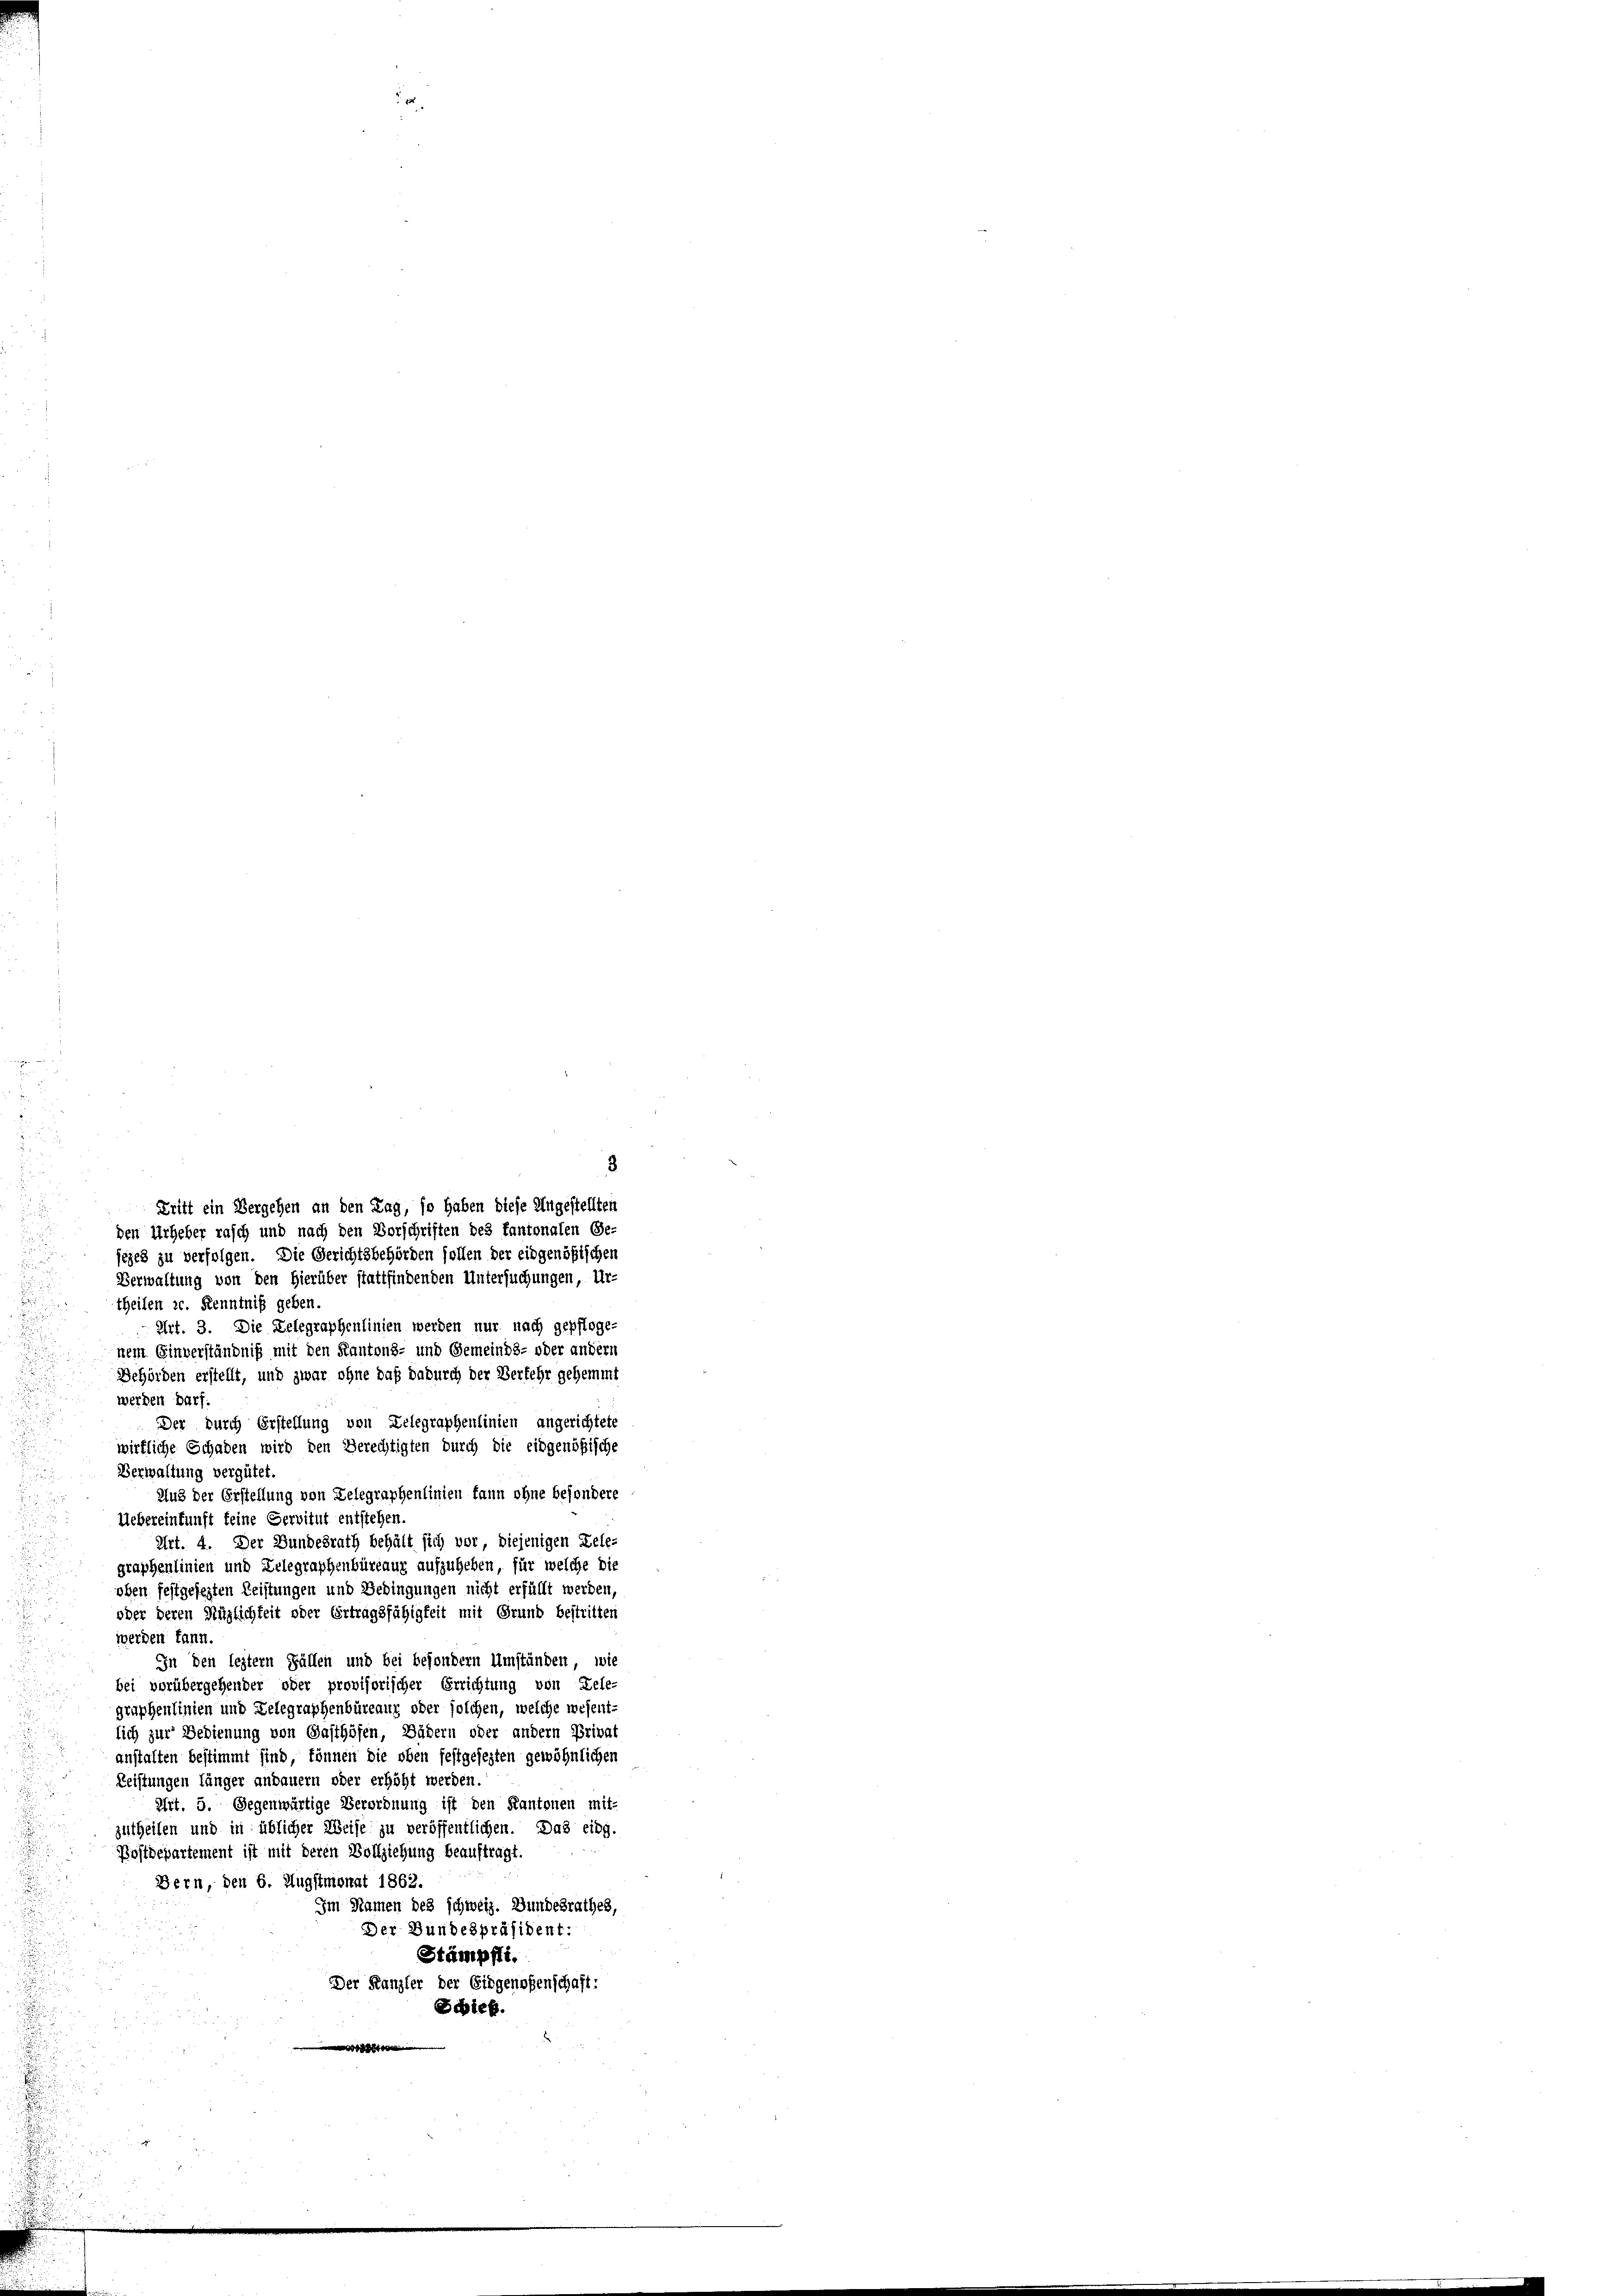
3
jezes zu verfolgen. Die Gerichtsbehörden sollen der eidgenößischen
Verwaltung von den Hierüber stattfindenden Untersuchungen, Ur-
theilen zc. Kenntniß geben.
Art. 3. Die Delegraphenlinien werden nur nach gepfloge-
nem Einverständniß mit den Kantons- und Gemeinds- oder andern
Behörden erstellt, und zwar ohne daß dadurch der Verkehr gehemmt
werden darf.
Der durch Erstellung von Delegraphenlinien angerichtete
wirkliche Schaden wird den Berechtigten durch die eidgenößische
Verwaltung vergütet.
Aus der Erstellung von Lelegraphenlinien kann ohne besondere
Uebereinkunft keine Servitut entstehen.
Art. 4. Der Bundesrath behält sich vor, diejenigen Dele-
graphenlinien und Lelegraphenbüreaux aufzuheben, für welche die
oben festgesezten Leistungen und Gedingungen nicht erfüllt werden,
oder deren Hüglichkeit oder Ertragsfähigkeit mit Grund bestritten
werden kann.
In den leztern Fällen und bei besondern Umständen, wie
bei vorübergehender oder provisorischer Errichtung von Lele-
graphenlinien und Lelegraphenbüreaux oder solchen, welche wesent-
lich zur Bedienung von Gasthöfen, Bädern oder andern Privat
anstalten bestimmt sind, können die oben festgesezten gewöhnlichen
Reistungen länger andauern oder erhöht werden.
Art. 5. Gegenwärtige Verordnung ist den Kantonen mit-
zutheilen und in üblicher Weise zu veröffentlichen. Das eing.
Postdepartement ist mit deren Vollziehung beauftragt
Bern, den 6. Augstmonat 1862.
Im Namen des schweiz. Bundesrathes,
Der Bundespräsident:
Stämpfti.
Der Kanzler der Eidgenoßenschaft:
Schieb
e

Dritt ein Vergehen an den Tag, so haben diese Ungestellten
den Urheber rasch und nach den Vorschriften des fantonalen Ge-